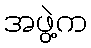
အဖွဲ့က